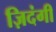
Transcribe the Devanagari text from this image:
ज़िदंगी